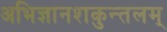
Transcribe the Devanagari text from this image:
अभिज्ञानशकुन्तलम्